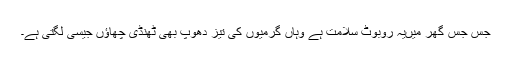
جس جس گھر میںیہ روبوٹ سلامت ہے وہاں گرمیوں کی تیز دھوپ بھی ٹھنڈی چھاؤں جیسی لگتی ہے۔